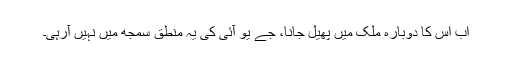
اب اس کا دوبارہ ملک میں پھیل جانا، جے یو آئی کی یہ منطق سمجھ میں نہیں آرہی۔